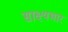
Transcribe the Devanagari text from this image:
साक्ष्यभार